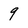
Character: 9